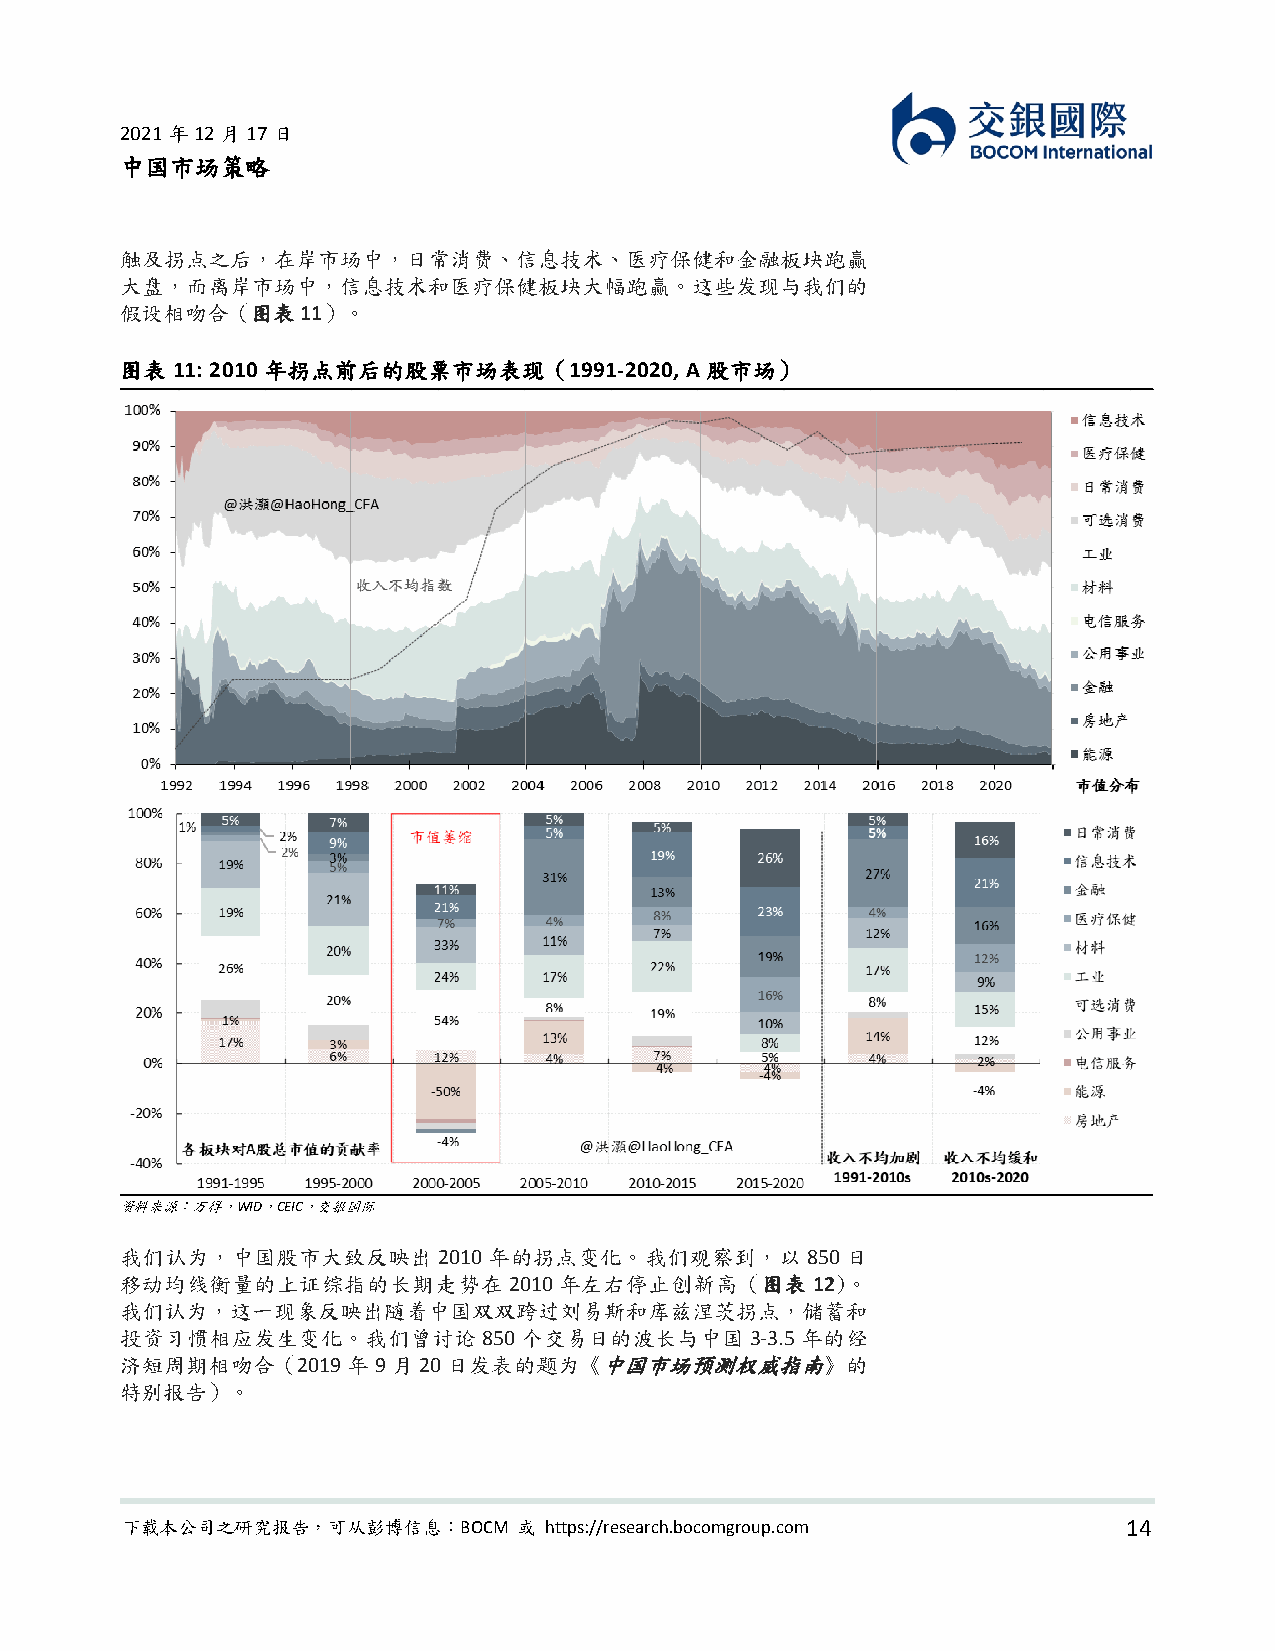
2021年12月17日
 中国市场策略
 触及拐点之后，在岸市场中，日常消费、信息技术、医疗保健和金融板块跑赢
 大盘，而离岸市场中，信息技术和医疗保健板块大幅跑赢。这些发现与我们的
 假设相吻合（图表11）。
 图表 11: 2010 年拐点前后的股票市场表现（1991-2020,  A 股市场）
 资料来源：万得，WID，CEIC，交银国际
 我们认为，中国股市大致反映出2010年的拐点变化。我们观察到，以850日
 移动均线衡量的上证综指的长期走势在2010年左右停止创新高（图表12)。
 我们认为，这一现象反映出随着中国双双跨过刘易斯和库兹涅茨拐点，储蓄和
 投资习惯相应发生变化。我们曾讨论850个交易日的波长与中国3-3.5年的经
 济短周期相吻合（2019年9月20日发表的题为《中国市场预测权威指南》的
 特别报告）。
 下载本公司之研究报告，可从彭博信息：BOCM    或 https://research.bocomgroup.com        14